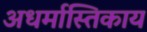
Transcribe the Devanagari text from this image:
अधर्मास्तिकाय